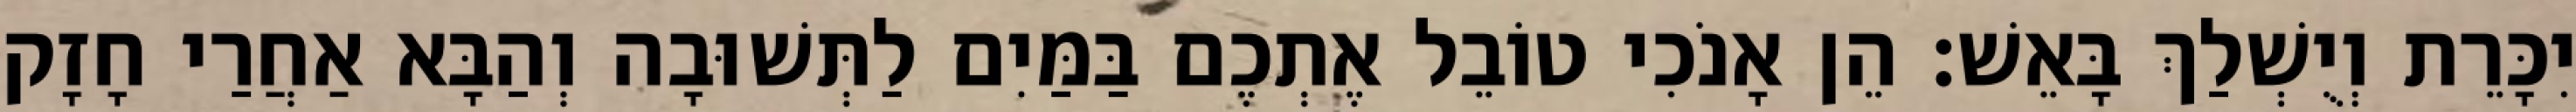
יִכָּרֵת וְיֻשְׁלַךְ בָּאֵשׁ׃ הֵן אָנֹכִי טוֹבֵל אֶתְכֶם בַּמַּיִם לַתְּשׁוּבָה וְהַבָּא אַחֲרַי חָזָק